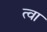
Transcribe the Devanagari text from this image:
त्‍वा